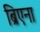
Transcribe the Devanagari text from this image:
ब्रिएना